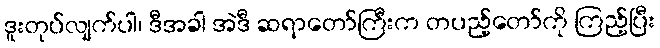
ဒူးတုပ်လျက်ပါ၊ ဒီအခါ အဲဒီ ဆရာတော်ကြီးက တပည့်တော်ကို ကြည့်ပြီး